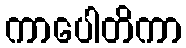
ကာပေါတိကာ